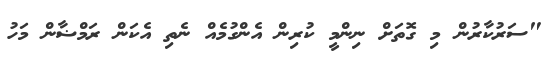
"ސަރުކާރުން މި ގޮތަށް ނިންމީ ކުރިން އެންގުމެއް ނެތި އެކަން ރަމްޟާން މަހު